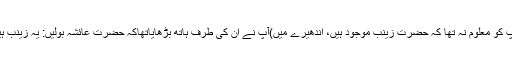
(آپ کو معلوم نہ تھا کہ حضرت زینب موجود ہیں، اندھیرے میں)آپ نے ان کی طرف ہاتھ بڑھایاتھاکہ حضرت عائشہ بولیں: یہ زینب ہیں۔